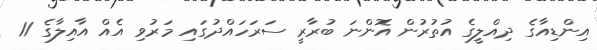
އިންޑިއާގެ ދިއްލީގެ އުތުރުން އޮންނަ ބުރާރީ ސަރަހައްދުގައި މަރުވި އެއް އާއިލާގެ 11